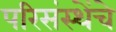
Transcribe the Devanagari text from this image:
परिसंस्थेंचे